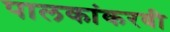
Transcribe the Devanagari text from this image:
पालकांकरवी